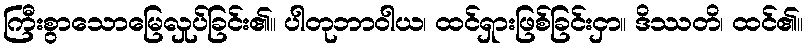
ကြီးစွာသောမြေလှုပ်ခြင်း၏။ ပါတုဘာဝါယ၊ ထင်ရှားဖြစ်ခြင်းငှာ။ ဒိဿတိ၊ ထင်၏။